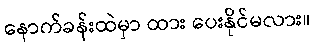
နောက်ခန်းထဲမှာ ထား ပေးနိုင်မလား။